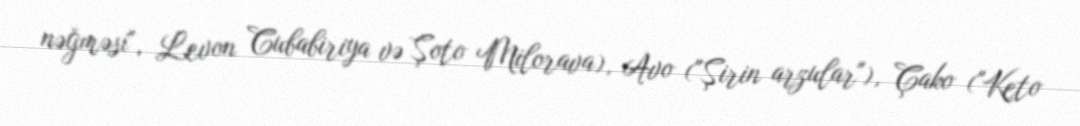
nəğməsi", Levon Cubabiriya və Şoto Milorava), Avo ("Şirin arzular"), Çako ("Keto